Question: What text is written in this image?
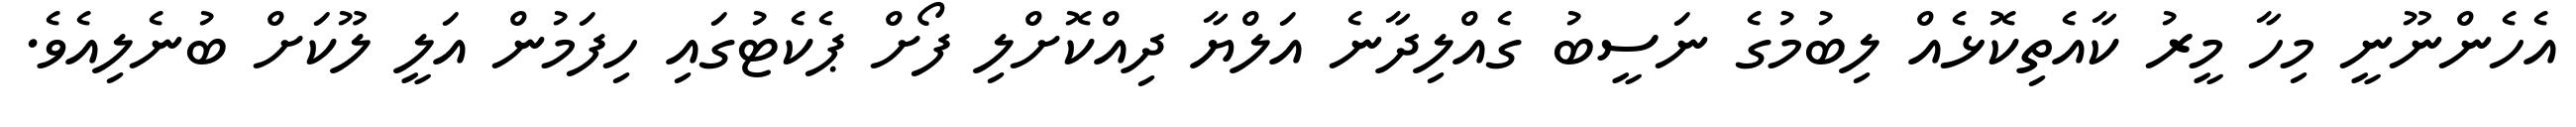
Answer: އެހެންނޫނީ މިހާ މީރު ކާއެތިކޮޅެއް ލިބުމުގެ ނަސީބު ގެއްލިދާނެ އަލްޔާ ދިއްކޮށްލި ފޯށް ޕެކެޓުގައި ހިފަމުން އަލީ ލޫކަށް ބުނެލިއެވެ.